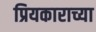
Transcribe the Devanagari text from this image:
प्रियकाराच्या